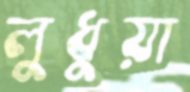
লুধুয়া